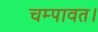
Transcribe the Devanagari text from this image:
चम्पावत।